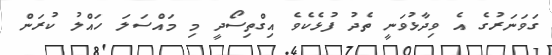
ގަވަނަރުގެ އެ ވިދާޅުވަނީ ތެދު ފުޅެކެވެ އިގްތިސޯދީ މި މައްސަލަ ހައްލު ކުރަން